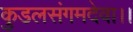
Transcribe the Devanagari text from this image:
कुडलसंगमदेवा।।